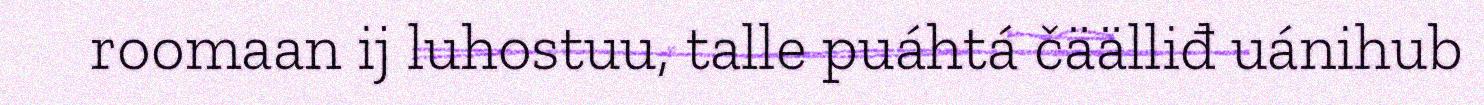
roomaan ij luhostuu, talle puáhtá čäälliđ uánihub